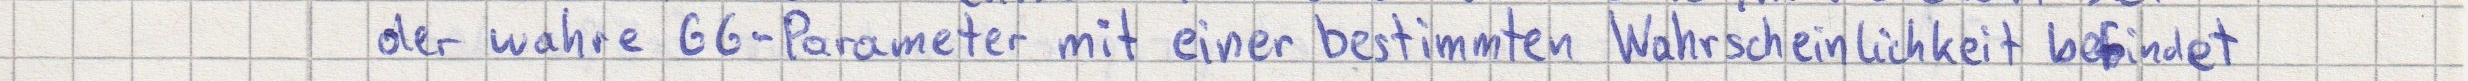
der wahre GG-Parameter mit einer bestimmten Wahrscheinlichkeit befindet